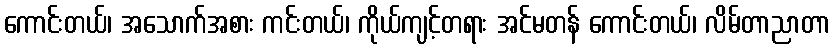
ကောင်းတယ်၊ အသောက်အစား ကင်းတယ်၊ ကိုယ်ကျင့်တရား အင်မတန် ကောင်းတယ်၊ လိမ်တာညာတာ